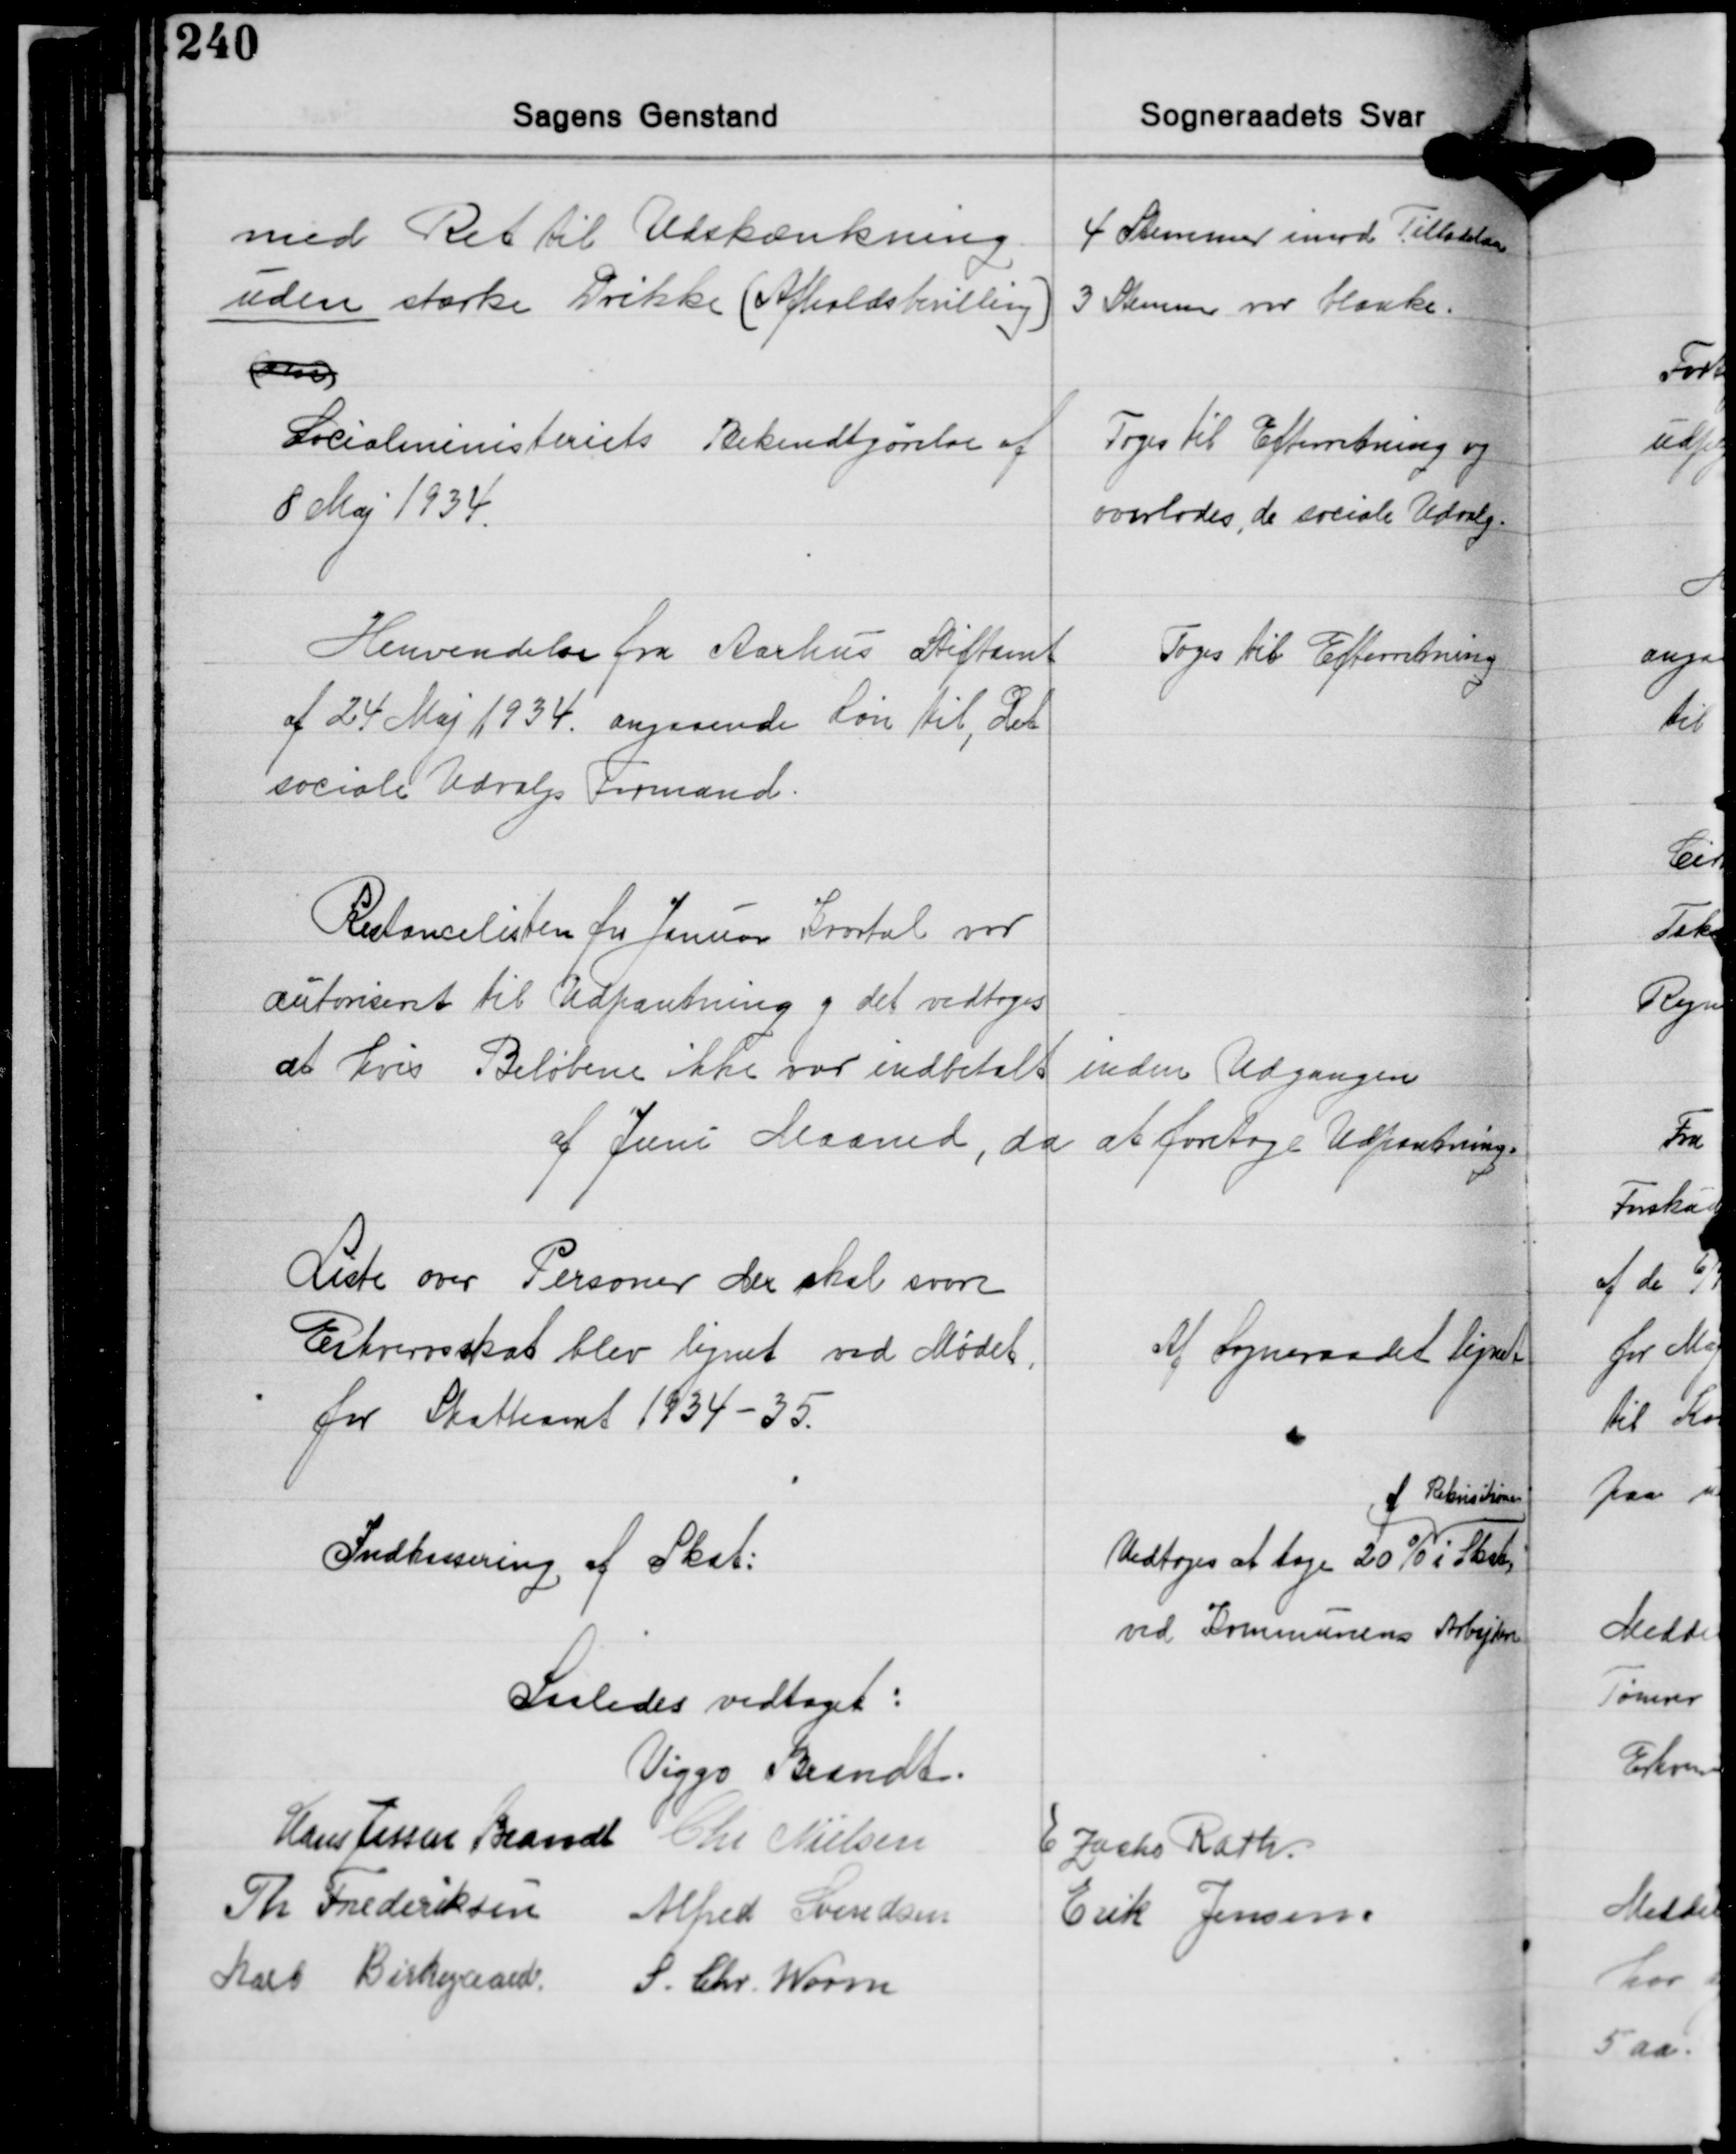
Transskription:
med Ret til Udskænkning
uden stærke Drikke (Afholdsbevilling)
(om)

4 Stemmer imod Tilladelse
3 Stemmer var blanke.

Socialministeriets Bekendtgørelse af
8 Maj 1934.

Toges til Efterretning og
overlodes de sociale Udvalg.

Henvendelse fra Aarhus Stiftamt
af 24 Maj 1934 angaaende Løn til, Det
sociale Udvalgs Formand.

Toges til Efterretning

Restancelisten fra Januar Kvartal var
autoriseret til Udpantning og det vedtoges
at hvis Beløbene ikke var indbetalt inden Udgangen
af Juni Maaned, da at foretage Udpantning.

Liste over Personer der skal svare
Erhvervsskat blev lignet ved Mødet
for Skatteaaret 1834-35.

Af Sogneraadet lignet

af Rekvisitionen
Vedtoges at tage 20% i Skat
ved Kommunens Arbejder

Indkassering af Skat:

Saaledes vedtaget:
Viggo Brandt
Hans Jessen Brandt Chr. Nielsen E. Zacho Rath
Th. Frederiksen Alfred Svendsen Erik Jensen
Karl Birkegaard S. Chr. Worm